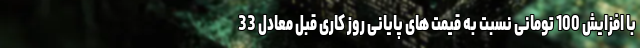
با افزایش 100 تومانی نسبت به قیمت های پایانی روز کاری قبل معادل 33